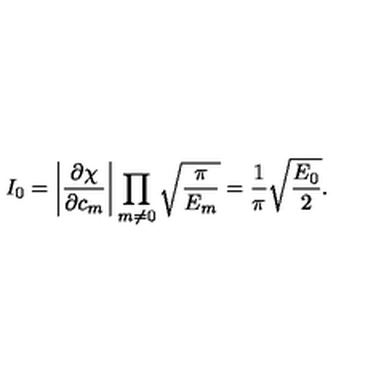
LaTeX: I _ { 0 } = \left| \frac { \partial \chi } { \partial c _ { m } } \right| \prod _ { m \neq 0 } \sqrt { \frac { \pi } { E _ { m } } } = \frac { 1 } { \pi } \sqrt { \frac { E _ { 0 } } { 2 } } .